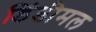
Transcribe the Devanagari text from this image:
डिंडीमल